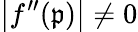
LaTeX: \left|f^{\prime\prime}(\mathfrak{p})\right|\neq0